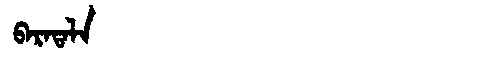
Manchu: ᠪᠠᡵᠠᡨᠠᠯᠠ
Romanization: BARATALA